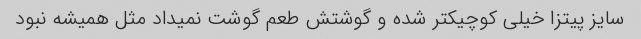
سایز پیتزا خیلی کوچیکتر شده و گوشتش طعم گوشت نمیداد مثل همیشه نبود